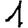
Digit: 1